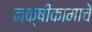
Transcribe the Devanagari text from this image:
नक्षीकामाचे